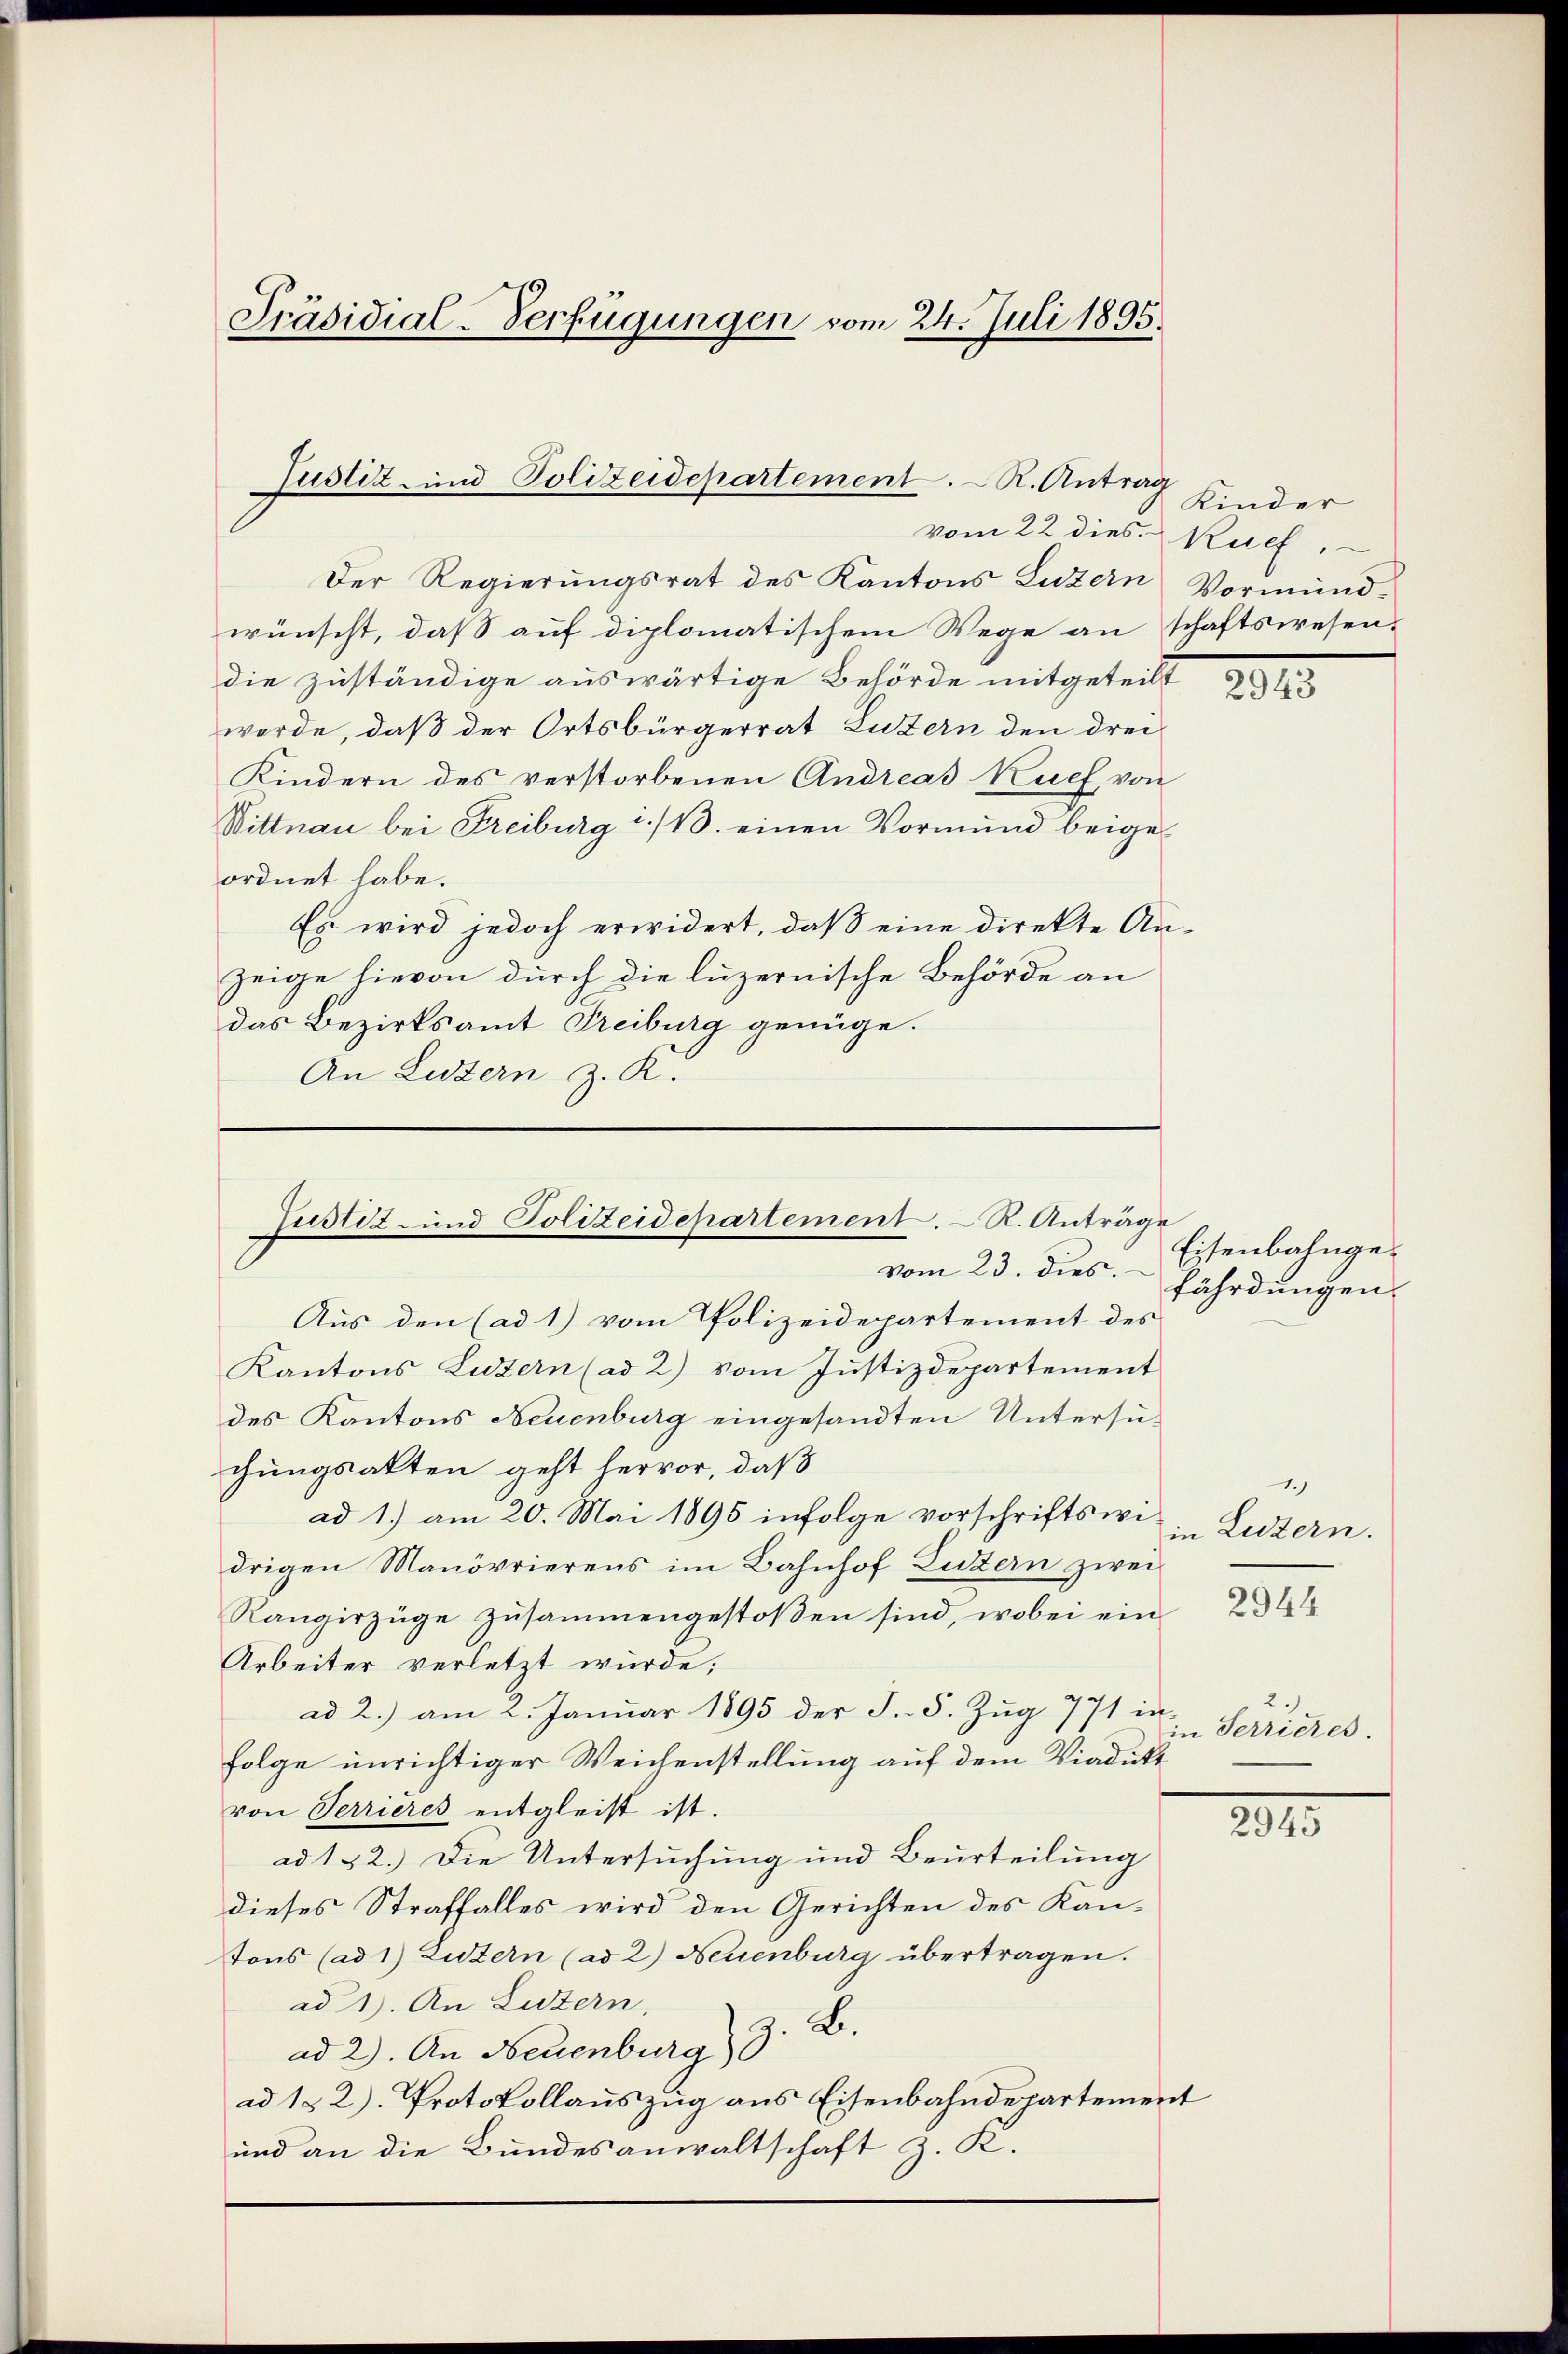
Präsidial-Verfügungen vom 24. Juli 1895.

Justiz und Polizeidepartement. – K. Antrag
vom 22 dies. Ruef,

Der Regierungsrat des Kantons Luzern Vormund-
wünscht, daß auf diplomatischem Wege anschaftswesendie zuständige auswärtige Behörde mitgeteilt
werde, daß der Ortsbürgerrat Luzern den drei
Kindern des verstorbenen Andreas Kuef von
Wittnau bei Freiburg i./13. einen Vormŭnd beige-
ordnet habe.
Es wird jedoch erwidert, daß eine direkte Anzeige hievon durch die luzernische Behörde an
das Bezirksamt Treiburg genüge.
An Luzern z. K.

Justiz- und Polizeidepartement. R. Anträge
vom 23. dies

Kinder

Aus den (ad 1) vom Polizeidepartement des
Kantons Luzern (ad 2) vom Justizdepartement
des Kantons Neuenburg eingesandten Untersuchungsakten geht hervor, daß
ad 1.) am 20. Mai 1896 infolge vorschriftswidrigen Manövrierens im Bahnhof Luzern zwei
Rangirzüge zusammengestoßen sind, wobei ein
Arbeiter verletzt wurde;
ad 2.) am 2. Januar 1895 der S. 5. Zŭg 771 in
folge unrichtiger Weichenstellung auf dem Viadukt
von Terrieres entgleist ist.
ad 122.) Die Untersuchung und Beurteilung
dieses Straffalles wird den Gerichten des Kan-
tons (ad 1) Luzern (ad 2) Neuenburg übertragen.
ad 1. An Luzern,
B.
ad 2. An Neuenburg)
ad 122). Protokollauszug aus Eisenbahndepartement
und an die Bundesanwaltschaft z. R.

2943

Eisenbahngefährdungen.

1.)
in Luzern.

2944

in Serrieres.

2015